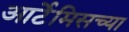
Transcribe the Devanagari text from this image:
आर्टेमिसच्या